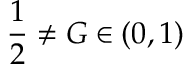
\frac { 1 } { 2 } \neq G \in ( 0 , 1 )